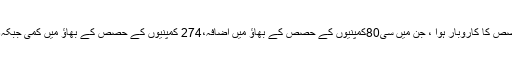
جمعرات کومجموعی طور پر370کمپنیوں کے حصص کا کاروبار ہوا ، جن میں سی80کمپنیوں کے حصص کے بھاؤ میں اضافہ،274 کمپنیوں کے حصص کے بھاؤ میں کمی جبکہ16کمپنیوں کے حصص کے بھاؤ میں استحکام رہا۔